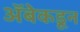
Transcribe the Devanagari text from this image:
अॅबेकडून